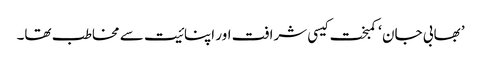
’ بھابی جان ‘ کمبخت کیسی شرافت اور اپنائیت سے مخاطب تھا۔